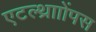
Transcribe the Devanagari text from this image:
एटल्थ्रााोंपस